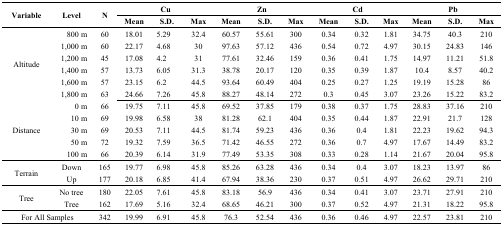
<table><thead><tr><td rowspan="2"><b>Variable</b></td><td rowspan="2"><b>Level</b></td><td rowspan="2"><b>N</b></td><td colspan="3"><b>Cu</b></td><td colspan="3"><b>Zn</b></td><td colspan="3"><b>Cd</b></td><td colspan="3"><b>Pb</b></td></tr><tr><td><b>Mean</b></td><td><b>S.D.</b></td><td><b>Max</b></td><td><b>Mean</b></td><td><b>S.D.</b></td><td><b>Max</b></td><td><b>Mean</b></td><td><b>S.D.</b></td><td><b>Max</b></td><td><b>Mean</b></td><td><b>S.D.</b></td><td><b>Max</b></td></tr></thead><tbody><tr><td rowspan="6">Altitude</td><td>800 m</td><td>60</td><td>18.01</td><td>5.29</td><td>32.4</td><td>60.57</td><td>55.61</td><td>300</td><td>0.34</td><td>0.32</td><td>1.81</td><td>34.75</td><td>40.3</td><td>210</td></tr><tr><td>1,000 m</td><td>60</td><td>22.17</td><td>4.68</td><td>30</td><td>97.63</td><td>57.12</td><td>436</td><td>0.54</td><td>0.72</td><td>4.97</td><td>30.15</td><td>24.83</td><td>146</td></tr><tr><td>1,200 m</td><td>45</td><td>17.08</td><td>4.2</td><td>31</td><td>77.61</td><td>32.46</td><td>159</td><td>0.36</td><td>0.41</td><td>1.75</td><td>14.97</td><td>11.21</td><td>51.8</td></tr><tr><td>1,400 m</td><td>57</td><td>13.73</td><td>6.05</td><td>31.3</td><td>38.78</td><td>20.17</td><td>120</td><td>0.35</td><td>0.39</td><td>1.87</td><td>10.4</td><td>8.57</td><td>40.2</td></tr><tr><td>1,600 m</td><td>57</td><td>23.15</td><td>6.2</td><td>44.5</td><td>93.64</td><td>60.49</td><td>404</td><td>0.25</td><td>0.27</td><td>1.25</td><td>19.19</td><td>15.28</td><td>86</td></tr><tr><td>1,800 m</td><td>63</td><td>24.66</td><td>7.26</td><td>45.8</td><td>88.27</td><td>48.14</td><td>272</td><td>0.3</td><td>0.45</td><td>3.07</td><td>23.26</td><td>15.22</td><td>83.2</td></tr><tr><td rowspan="5">Distance</td><td>0 m</td><td>66</td><td>19.75</td><td>7.11</td><td>45.8</td><td>69.52</td><td>37.85</td><td>179</td><td>0.38</td><td>0.37</td><td>1.75</td><td>28.83</td><td>37.16</td><td>210</td></tr><tr><td>10 m</td><td>69</td><td>19.98</td><td>6.58</td><td>38</td><td>81.28</td><td>62.1</td><td>404</td><td>0.35</td><td>0.44</td><td>1.87</td><td>22.91</td><td>21.7</td><td>128</td></tr><tr><td>30 m</td><td>69</td><td>20.53</td><td>7.11</td><td>44.5</td><td>81.74</td><td>59.23</td><td>436</td><td>0.36</td><td>0.4</td><td>1.81</td><td>22.23</td><td>19.62</td><td>94.3</td></tr><tr><td>50 m</td><td>72</td><td>19.32</td><td>7.59</td><td>36.5</td><td>71.42</td><td>46.55</td><td>272</td><td>0.36</td><td>0.7</td><td>4.97</td><td>17.67</td><td>14.49</td><td>83.2</td></tr><tr><td>100 m</td><td>66</td><td>20.39</td><td>6.14</td><td>31.9</td><td>77.49</td><td>53.35</td><td>308</td><td>0.33</td><td>0.28</td><td>1.14</td><td>21.67</td><td>20.04</td><td>95.8</td></tr><tr><td rowspan="2">Terrain</td><td>Down</td><td>165</td><td>19.77</td><td>6.98</td><td>45.8</td><td>85.26</td><td>63.28</td><td>436</td><td>0.34</td><td>0.4</td><td>3.07</td><td>18.23</td><td>13.97</td><td>86</td></tr><tr><td>Up</td><td>177</td><td>20.18</td><td>6.85</td><td>41.4</td><td>67.94</td><td>38.36</td><td>230</td><td>0.37</td><td>0.51</td><td>4.97</td><td>26.62</td><td>29.71</td><td>210</td></tr><tr><td rowspan="2">Tree</td><td>No tree</td><td>180</td><td>22.05</td><td>7.61</td><td>45.8</td><td>83.18</td><td>56.9</td><td>436</td><td>0.34</td><td>0.41</td><td>3.07</td><td>23.71</td><td>27.91</td><td>210</td></tr><tr><td>Tree</td><td>162</td><td>17.69</td><td>5.16</td><td>32.4</td><td>68.65</td><td>46.21</td><td>300</td><td>0.37</td><td>0.52</td><td>4.97</td><td>21.31</td><td>18.22</td><td>95.8</td></tr><tr><td colspan="2">For All Samples</td><td>342</td><td>19.99</td><td>6.91</td><td>45.8</td><td>76.3</td><td>52.54</td><td>436</td><td>0.36</td><td>0.46</td><td>4.97</td><td>22.57</td><td>23.81</td><td>210</td></tr></tbody></table>